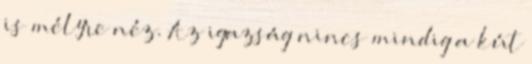
is mélyre néz. Az igazság nincs mindig a kút